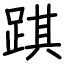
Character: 踑